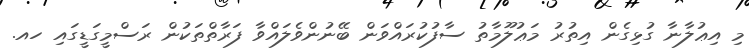
މި އިޢުލާނާ ގުޅިގެން އިތުރު މަޢުލޫމާތު ސާފުކުރައްވަން ބޭނުންވެލައްވާ ފަރާތްތަކުން ރަސްމީގަޑީގައި ހއ.